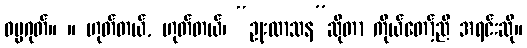
ဓမ္မဂုတ်။ ။ ဟုတ်တယ်, ဟုတ်တယ်၊ “ဥုးလာသန”ဆိုတာ ကိုယ်တော့်ညီ အရင်းဆို။